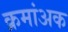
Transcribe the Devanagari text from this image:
क्रमांअक